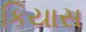
કિયાસ